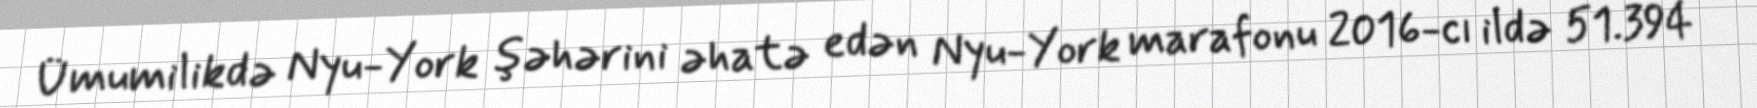
Ümumilikdə Nyu-York şəhərini əhatə edən Nyu-York marafonu 2016-cı ildə 51.394